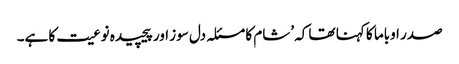
صدر اوباما کا کہنا تھا کہ ’شام کا مسئلہ دل سوز اور پیچیدہ نوعیت کا ہے۔